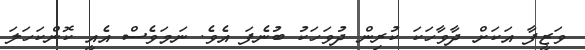
ވަޒީފާ އަކަށް ދާވާހަކަ ކުރިން ދުވަހަކު ބުނެފަ އެވެ. ނަމަވެސް އެއީ ކޮންކަހަލަ